system: You are a helpful assistant.
user:
Analyze the provided spectrum to determine if it is a **M-type Giant (gM)**.

A M-type Giant spectrum is defined by its **strong molecular absorption** features, particularly from **Titanium Oxide (TiO)**. You must check for one of the following mutually exclusive signatures:

- **Key Visual Indicators (Absorption-Dominated Spectrum):**

    - **(Primary):** The spectrum is dominated by strong molecular absorption from **Titanium Oxide (TiO)**. This is the **defining feature** of its M-type temperature class.
        - **(Key Bandheads):** Look for sharp, "saw-tooth" absorption valleys. The strongest are located near **~7050 Å**, **~6160 Å**, and **~5170 Å**.
        - **(Line Profile):** The "saw-tooth" morphology is critical: a **sharp, steep drop on the BLUE (short-wavelength) side** of the bandhead, followed by a gradual recovery (rising flux) towards the RED (long-wavelength) side.

    - **(Key Confirmation - Giant vs. Dwarf):** **ABSENCE** of strong **Calcium Hydride (CaH)** molecular bands. This is the primary diagnostic for *excluding* M-dwarfs.
        - **(Key Region):** The spectrum should lack the strong, broad absorption band seen in dwarfs between **~6800 Å and ~7000 Å**.

    - **(Secondary Confirmation - Giant):** A very strong and broad **Neutral Calcium (Ca I)** atomic absorption line.
        - **(Key Line):** Located at **~4226 Å**. In a giant (gM), this line is significantly deeper and broader than the same line in an M-dwarf (dM) due to low surface gravity.

    - **(Overall Spectrum):**
        - The continuum is **extremely red-sloping** (i.e., flux is very low in the blue and rises dramatically towards the red).
        - The entire spectrum appears "chopped up" by the deep TiO bands.

Think first, call **spectral_visualization_tool** if needed to examine features in detail, then provide your final answer. Your response must adhere to the following strict rules:
1.  **Overall Structure:** Your response must follow the format `<think>...</think> <tool_call>...</tool_call> (if a tool is used) <answer>...</answer>`.
2.  **Tool Usage Constraint:** You may only make **one** tool call per turn.
3.  **Final Answer Format:** In the `<answer>` tag, your conclusion must be inside a `\boxed{}` command (e.g., `\boxed{YES}` or `\boxed{NO}`), followed by your justification.

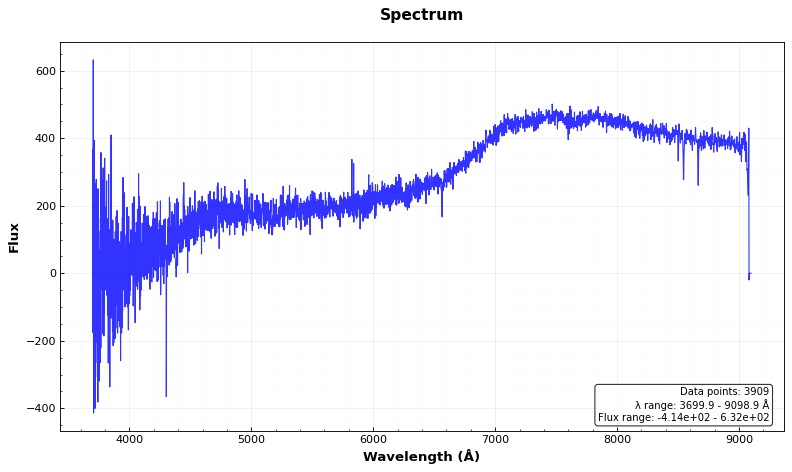
Answer: NO